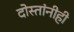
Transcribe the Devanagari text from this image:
दोस्तांनीही